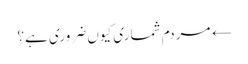
← مردم شماری کیوں ضروری ہے؟